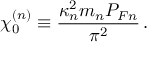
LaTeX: \chi _ { 0 } ^ { ( n ) } \equiv \frac { \kappa _ { n } ^ { 2 } m _ { n } { \cal P } _ { F n } } { \pi ^ { 2 } } \, .